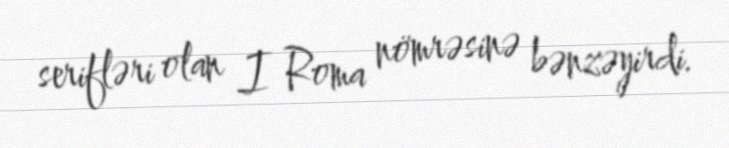
serifləri olan I Roma nömrəsinə bənzəyirdi.